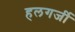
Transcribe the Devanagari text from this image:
हलगर्जी